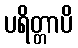
ပရိတ္တာပိ